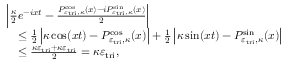
\begin{array} { r l } & { \left| \frac { \kappa } { 2 } e ^ { - i x t } - \frac { P _ { \varepsilon _ { \mathrm { t r i } } , \kappa } ^ { \cos } ( x ) - i P _ { \varepsilon _ { \mathrm { t r i } } , \kappa } ^ { \sin } ( x ) } { 2 } \right| } \\ & { \quad \leq \frac { 1 } { 2 } \left| \kappa \cos ( x t ) - P _ { \varepsilon _ { \mathrm { t r i } } , \kappa } ^ { \cos } ( x ) \right| + \frac { 1 } { 2 } \left| \kappa \sin ( x t ) - P _ { \varepsilon _ { \mathrm { t r i } } , \kappa } ^ { \sin } ( x ) \right| } \\ & { \quad \leq \frac { \kappa \varepsilon _ { \mathrm { t r i } } + \kappa \varepsilon _ { \mathrm { t r i } } } { 2 } = \kappa \varepsilon _ { \mathrm { t r i } } , } \end{array}